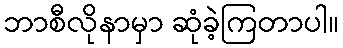
ဘာစီလိုနာမှာ ဆုံခဲ့ကြတာပါ။